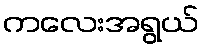
ကလေးအရွယ်